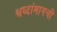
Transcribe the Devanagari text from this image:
श्रध्दांमागची